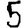
Digit: 5